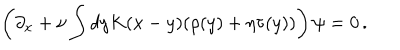
\left( \partial _ { x } + \nu \int d y K ( x - y ) ( \rho ( y ) + \eta \tau ( y ) ) \right) \psi = 0 \, .